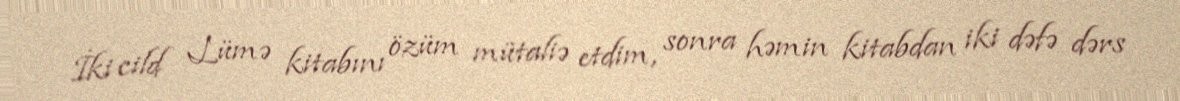
İki cild Lümə kitabını özüm mütaliə etdim, sonra həmin kitabdan iki dəfə dərs